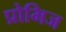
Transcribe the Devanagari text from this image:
प्रोमिज